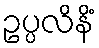
ဥပ္ပလိနိံ